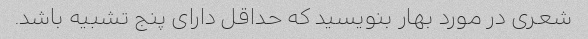
شعری در مورد بهار بنویسید که حداقل دارای پنج تشبیه باشد.